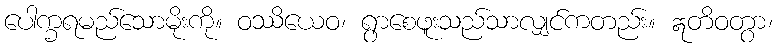
ပေါက္ခရမည်သောမိုးကို။ ဝဿိယေဝ၊ ရွာစေဖူးသည်သာလျှင်ကတည်း။ ဣတိဝတွာ၊